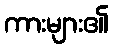
ကားများ၏